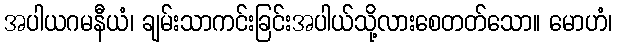
အပါယဂမနီယံ၊ ချမ်းသာကင်းခြင်းအပါယ်သို့လားစေတတ်သော။ မောဟံ၊